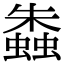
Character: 𧑤